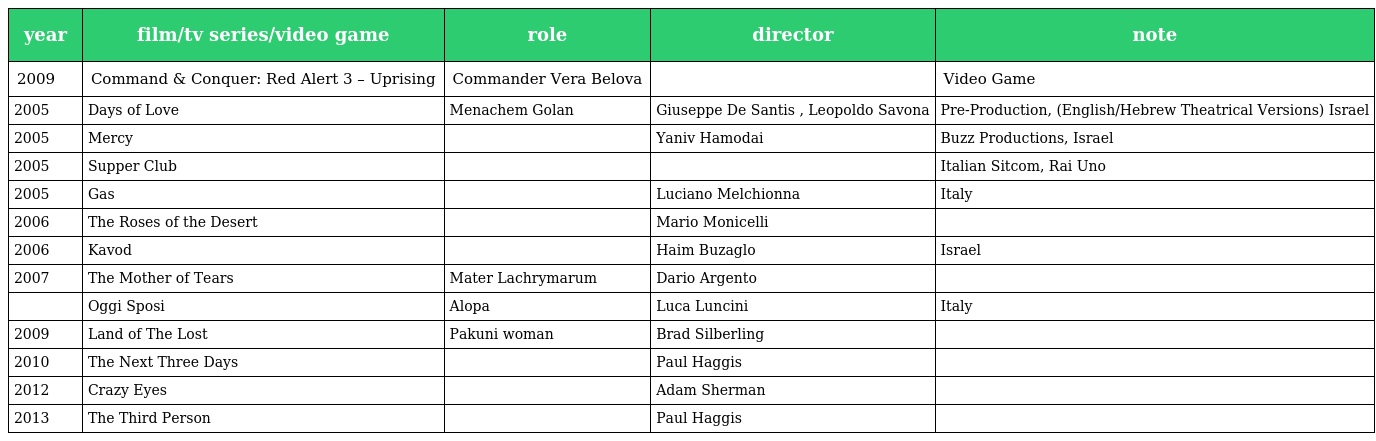
| year | film/tv series/video game | role | director | note |
 | --- | --- | --- | --- | --- |
 | 2009 | Command & Conquer: Red Alert 3 – Uprising | Commander Vera Belova |  | Video Game |
 | 2005 | Days of Love | Menachem Golan | Giuseppe De Santis , Leopoldo Savona | Pre-Production, (English/Hebrew Theatrical Versions) Israel |
 | 2005 | Mercy |  | Yaniv Hamodai | Buzz Productions, Israel |
 | 2005 | Supper Club |  |  | Italian Sitcom, Rai Uno |
 | 2005 | Gas |  | Luciano Melchionna | Italy |
 | 2006 | The Roses of the Desert |  | Mario Monicelli |  |
 | 2006 | Kavod |  | Haim Buzaglo | Israel |
 | 2007 | The Mother of Tears | Mater Lachrymarum | Dario Argento |  |
 |  | Oggi Sposi | Alopa | Luca Luncini | Italy |
 | 2009 | Land of The Lost | Pakuni woman | Brad Silberling |  |
 | 2010 | The Next Three Days |  | Paul Haggis |  |
 | 2012 | Crazy Eyes |  | Adam Sherman |  |
 | 2013 | The Third Person |  | Paul Haggis |  |